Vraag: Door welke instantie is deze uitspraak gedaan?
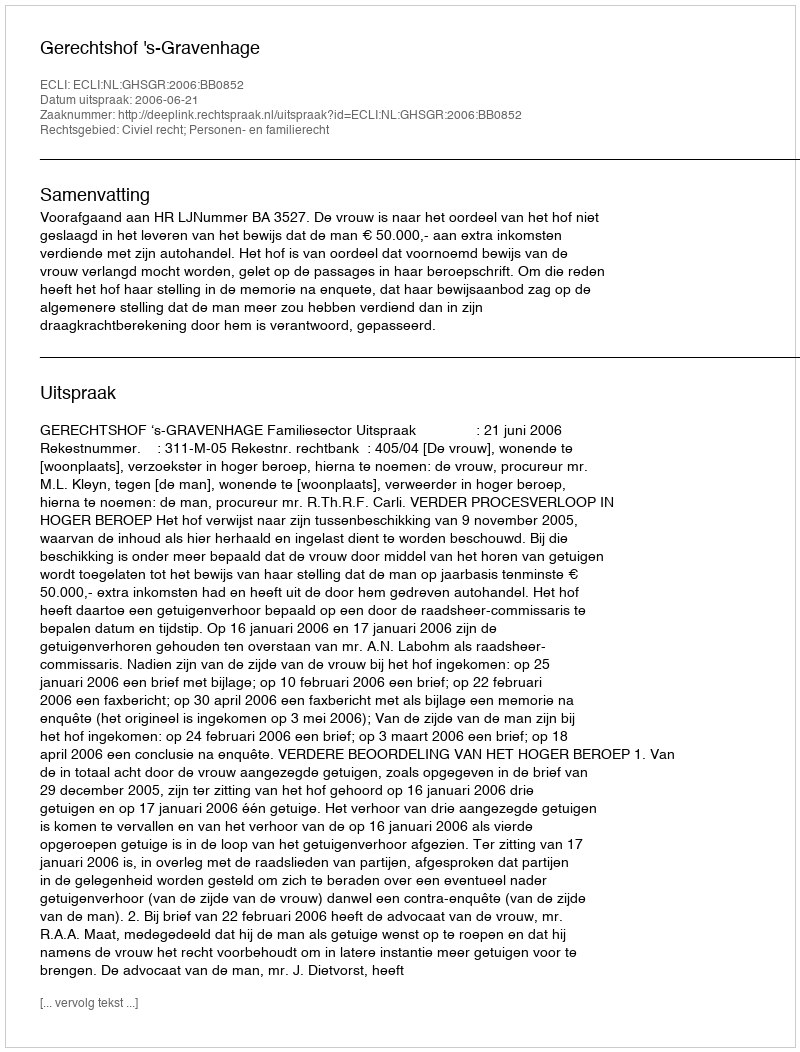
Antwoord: Gerechtshof 's-Gravenhage